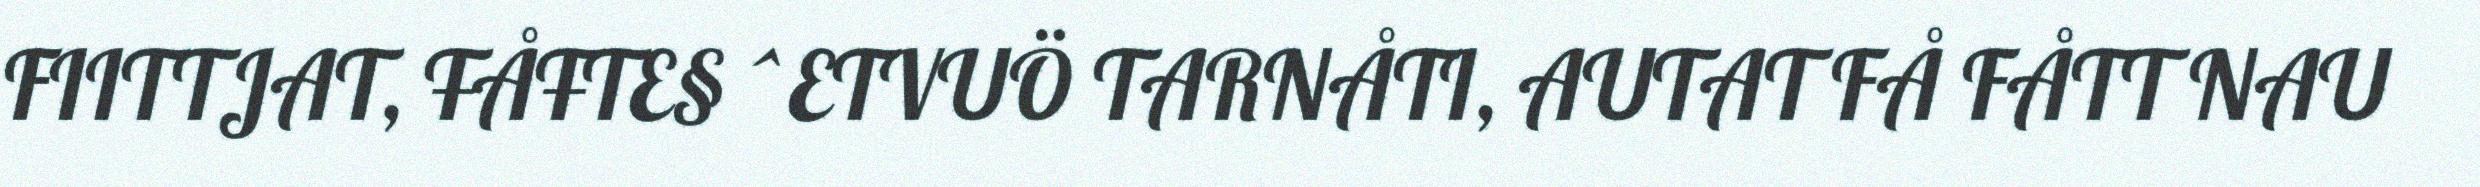
FIITTJAT, ŦÅŦTE§ ^ETVUÖ TARNÅTI, AUTAT FÅ FÅTT NAU